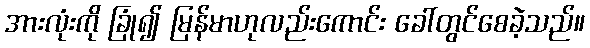
အားလုံးကို ခြုံ၍ မြန်မာဟုလည်းကောင်း ခေါ်တွင်စေခဲ့သည်။